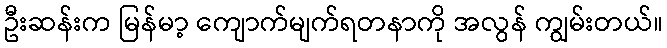
ဦးဆန်းက မြန်မာ့ ကျောက်မျက်ရတနာကို အလွန် ကျွမ်းတယ်။